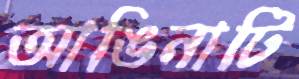
আঙিনাটি